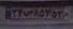
۲۴س۸۵۲۵۳